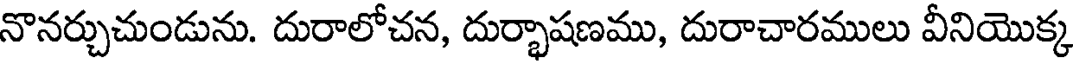
నొనర్చుచుండును. దురాలోచన, దుర్భాషణము, దురాచారములు వీనియొక్క